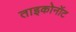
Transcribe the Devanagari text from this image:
ताइकोनॉट